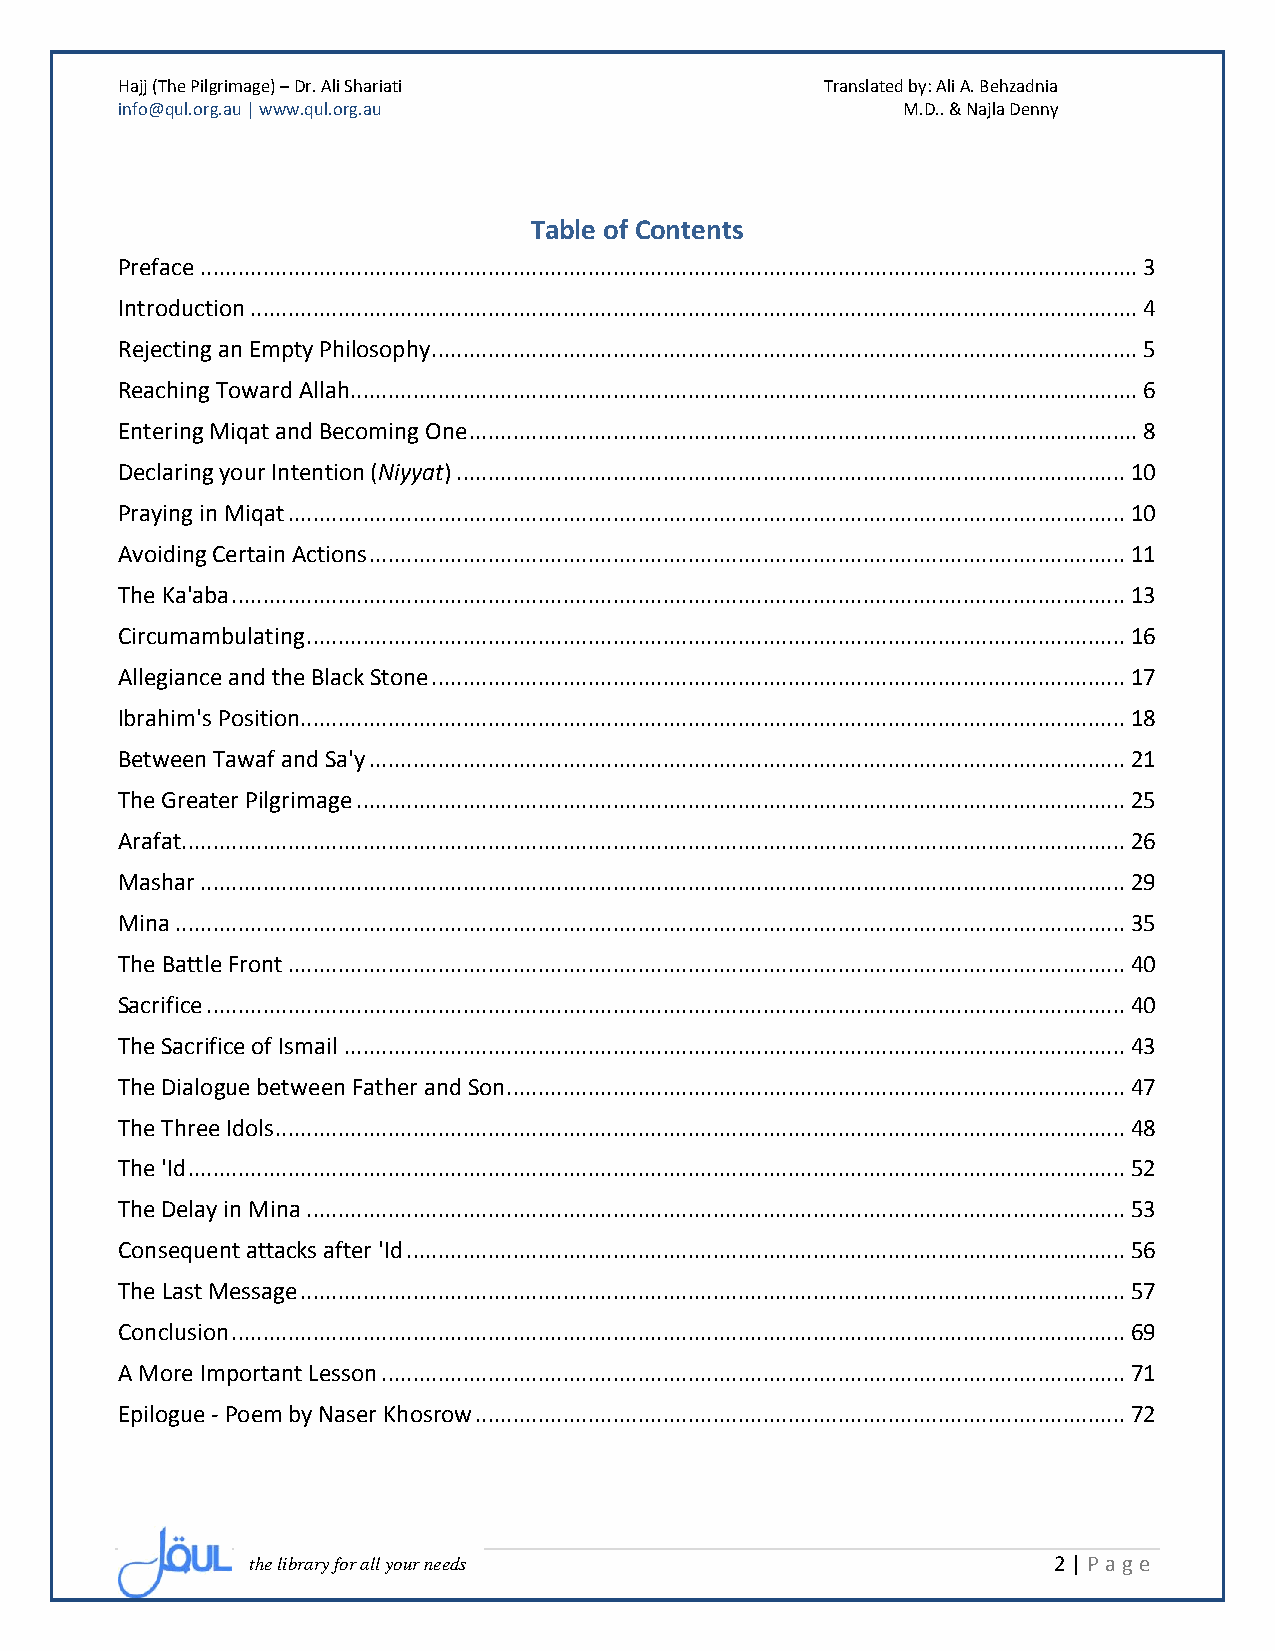
Hajj (The Pilgrimage) – Dr. Ali Shariati       Translated by: Ali A. Behzadnia
 info@qul.org.au | www.qul.org.au                    M.D.. & Najla Denny
 Table of Contents
 Preface ...................................................................................................................................................... 3
 Introduction .............................................................................................................................................. 4
 Rejecting an Empty Philosophy ................................................................................................................. 5
 Reaching Toward Allah .............................................................................................................................. 6
 Entering Miqat and Becoming One ........................................................................................................... 8
 Declaring your Intention (Niyyat) ........................................................................................................... 10
 Praying in Miqat ...................................................................................................................................... 10
 Avoiding Certain Actions ......................................................................................................................... 11
 The Ka'aba ............................................................................................................................................... 13
 Circumambulating ................................................................................................................................... 16
 Allegiance and the Black Stone ............................................................................................................... 17
 Ibrahim's Position.................................................................................................................................... 18
 Between Tawaf and Sa'y ......................................................................................................................... 21
 The Greater Pilgrimage ........................................................................................................................... 25
 Arafat....................................................................................................................................................... 26
 Mashar .................................................................................................................................................... 29
 Mina ........................................................................................................................................................ 35
 The Battle Front ...................................................................................................................................... 40
 Sacrifice ................................................................................................................................................... 40
 The Sacrifice of Ismail ............................................................................................................................. 43
 The Dialogue between Father and Son ................................................................................................... 47
 The Three Idols ........................................................................................................................................ 48
 The 'Id ...................................................................................................................................................... 52
 The Delay in Mina ................................................................................................................................... 53
 Consequent attacks after 'Id ................................................................................................................... 56
 The Last Message .................................................................................................................................... 57
 Conclusion ............................................................................................................................................... 69
 A More Important Lesson ....................................................................................................................... 71
 Epilogue - Poem by Naser Khosrow ........................................................................................................ 72
 the library for all your needs                       2 | P age